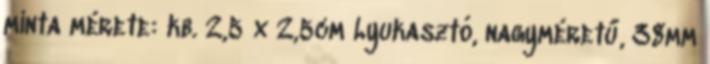
minta mérete: kb. 2,5 x 2,5cm Lyukasztó, nagyméretű, 38mm